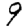
Digit: 9